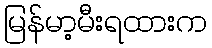
မြန်မာ့မီးရထားက